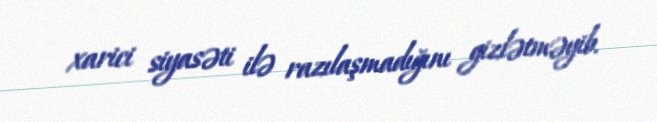
xarici siyasəti ilə razılaşmadığını gizlətməyib.